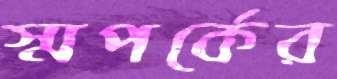
স্মপর্কের